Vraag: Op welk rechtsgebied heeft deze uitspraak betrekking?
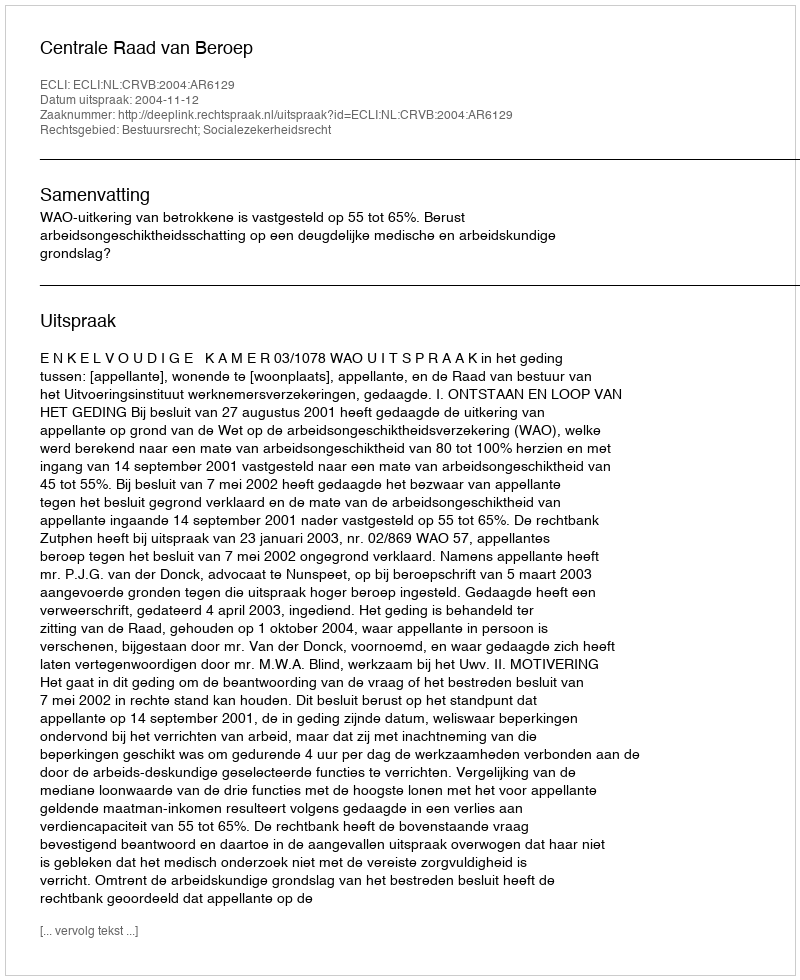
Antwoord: Bestuursrecht; Socialezekerheidsrecht